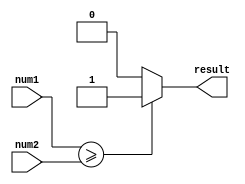
module greater_than_equal_to_comparator (
    input [31:0] num1,
    input [31:0] num2,
    output reg result
);

always @ (num1, num2)
begin
    if (num1 >= num2)
        result = 1;
    else
        result = 0;
end

endmodule